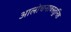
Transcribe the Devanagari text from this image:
आलोचनावस्तुनिष्ठ